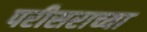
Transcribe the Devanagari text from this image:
परीसराच्या